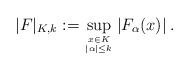
LaTeX: \begin{align*} | F|_{K,k} := \sup_{x\in K\atop |\alpha| \leq k} | F_\alpha (x) | \: . \end{align*}